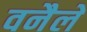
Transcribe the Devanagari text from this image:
वनैले